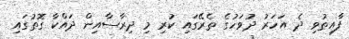
ފާއިތުވި ދެ އަހަރު ދުވަހުގެ ތެރޭގައި ކުރި މި ދިރާސާއިން ދައްކާ ގޮތުގައި